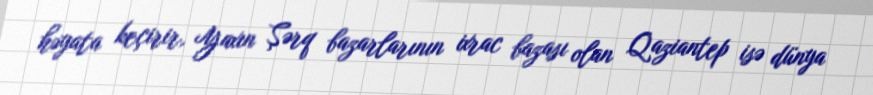
həyata keçirir, Yaxın Şərq bazarlarının ixrac bazası olan Qaziantep isə dünya